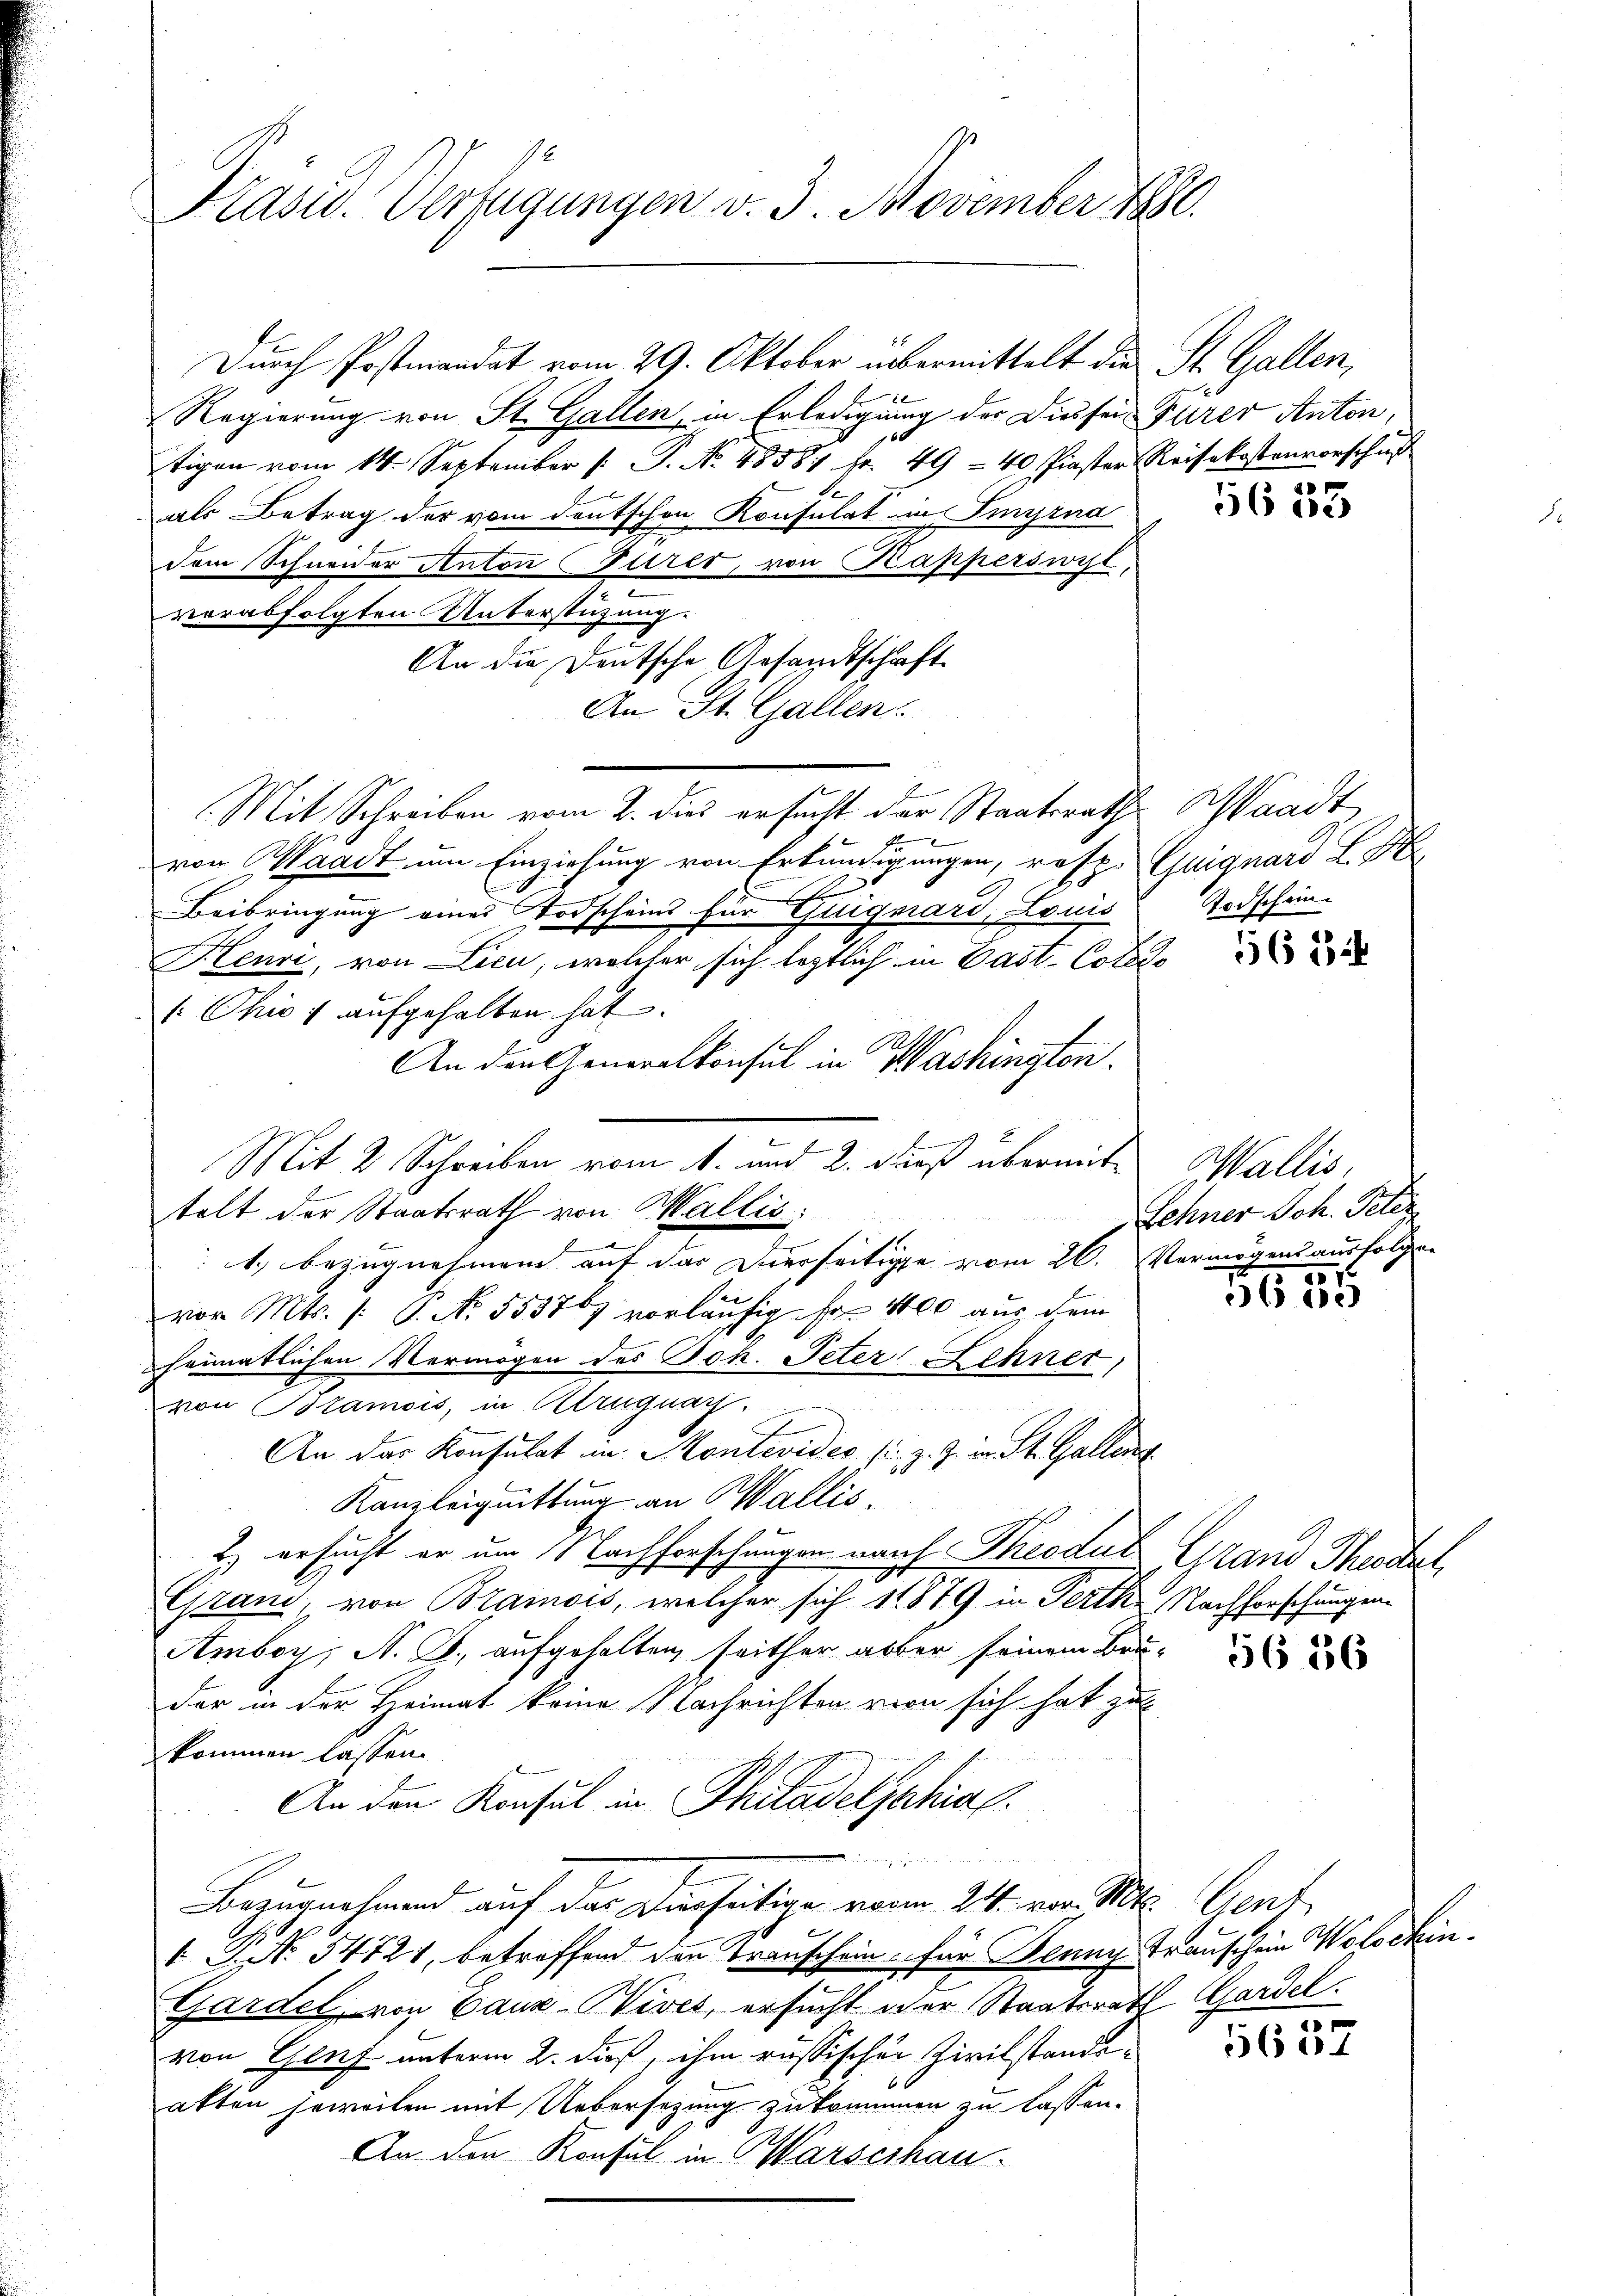
Präsid. Verfügungen v. 3. November 1880.

Durch Postmandat vom 29. Oktober übermittelt die St. Gallen,
Regierung von St. Gallen, in Erledigung der Dies sei Furer Anton,
tigen vom 14. September (: P. No. 48581 Fr. 49 - 40 Piaster Reisekostenvorschuß
als Betrag der vom Deutschen Konsulat im Sinyrna
dem Schneider Anton Gurer, von Kapperswyl,
verabfolgten Unterstützung.
An die Deutsche Gesandtschaft
An St. Gallen.
Mit Schreiben vom 2. dies ersucht der Staatsraths
von Waadt um Einziehung von Erkundigungen, resp. Quiquard L. S
t
Beibringung eines Todscheid für Guiguard, Louis
Henri, von Lieu, welcher sich letztlich in Past-Colli¬
 Ohw 4 aufgehalten hat.
An den Generalkonsul in Washingten.
Mit 2 Schreiben vom 1. und 2. dieß übermittelt der Staatsrath von Wallis:
1.) Bezugnahmen auf das Dierseitige vom 26. Vermögensausfolgen
vor Mts. /: 6. No. 553767 vorläufig Fr. 1400 aus dem
heimatlichen Vermögen des Joh. Peter Sehner,
von Bramois, in Cragnacz
e
An der Konsulat im Montevides s. z. Z. in St. Gallent
Kanzleiquittung an Wallis,
E) ersucht er um Nachforschungen nach Theedut Grand Thestel
Grand, von Bramois, welcher sich 11879 in Ferth. Nachforschungen
Amboy, N. Z. aufgehalten, seither aber seinem Bru-
der in der Heimat keine Nachrichten von sich hat zu
kommen lassen.
An den Konsul in Philadeljahial
wörtlich die in ihre eine Herrn
Bezugnahmend auf das Dienseitige vom 24. vor. Mts. Gent,
 G. N. 54724, betreffend den Transchein für Denny Trauschein Wolochin¬
Gardel, von Cauz-Nives, ersucht der Staatsrath Gardel.
von Genf unterm 2. dieß, ihm russischer Zivilstandeakten jeweilen mit Uebersetzung zu krummen zu lassen.
An den Konsul in Warserhau

d

56 de

Waadt
Todschein.

56 12

Wallis.
Sehner Sch. Peter
251.

65 de

5656

5637